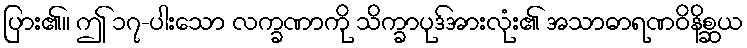
ပြား၏။ ဤ ၁၇-ပါးသော လက္ခဏာကို သိက္ခာပုဒ်အားလုံး၏ အသာဓာရဏဝိနိစ္ဆယ